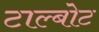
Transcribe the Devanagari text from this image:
टाल्बोट